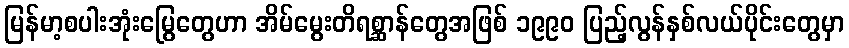
မြန်မာ့စပါးအုံးမြွေတွေဟာ အိမ်မွေးတိရစ္ဆာန်တွေအဖြစ် ၁၉၉၀ ပြည့်လွန်နှစ်လယ်ပိုင်းတွေမှာ